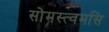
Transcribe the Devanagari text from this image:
सोमस्त्वमसि